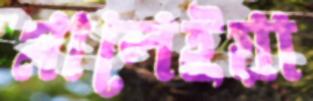
মালেইয়া